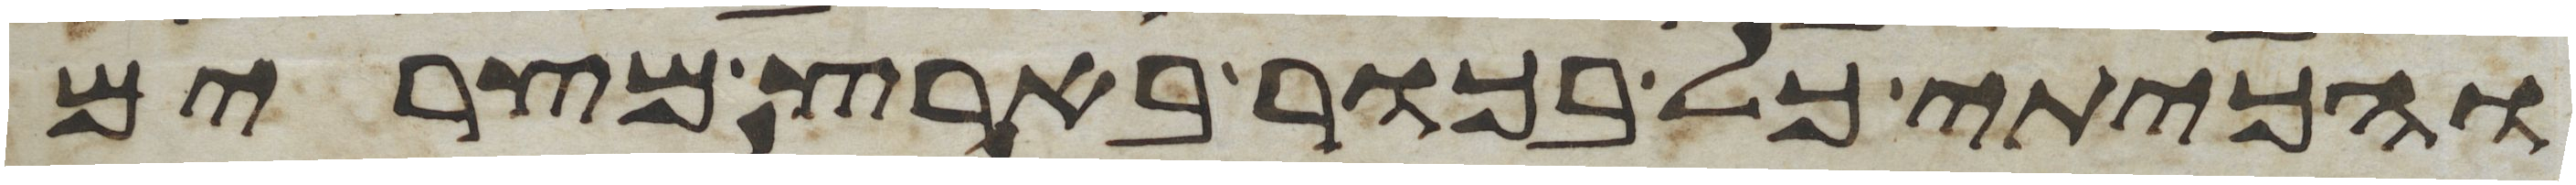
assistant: והכיתי כל בכור בארץ מצרים